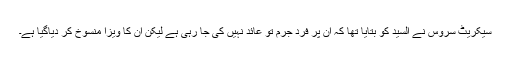
سیکریٹ سروس نے السید کو بتایا تھا کہ ان پر فردِ جرم تو عائد نہیں کی جا رہی ہے لیکن ان کا ویزا منسوخ کر دیاگیا ہے۔